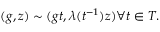
( g , z ) \sim ( g t , \lambda ( t ^ { - 1 } ) z ) \forall t \in T .